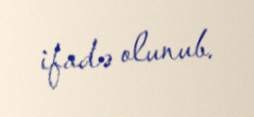
ifadə olunub.